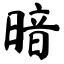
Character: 暗